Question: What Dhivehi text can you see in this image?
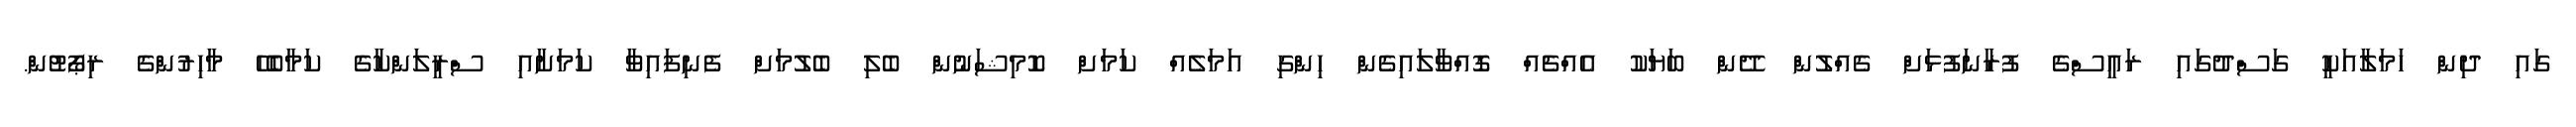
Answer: ގައި ދިން ހަމަލާއަކީ ގަސްދުގައި ރައީސްގެ ފުރާނަފުޅަށް ގެއްލުން ދޭން ބަޔަކު އެއްޗެއް ގޮއްވާލައިގެން ހިންގި އަމަލެއް ކަމަށް ކޮމިޝަނުން ބެލި ބެލުމަށް ފެނިފައިވާ ކަމަށާއި ސްރީލަންކާގެ ކަމާބެހޭ މާހިރުންގެ ރިޕޯޓުން.